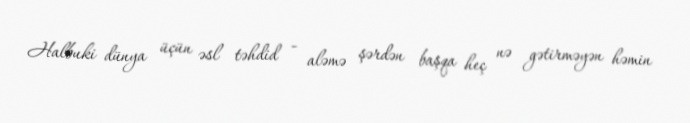
Halbuki dünya üçün əsl təhdid - aləmə şərdən başqa heç nə gətirməyən həmin